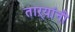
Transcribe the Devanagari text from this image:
ताऱ्यांनी